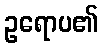
ဥရောပ၏